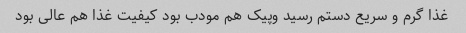
غذا گرم و سریع دستم رسید وپیک هم مودب بود کیفیت غذا هم عالی بود